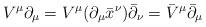
LaTeX: \begin{align*}V^{\mu }\partial _{\mu }=V^{\mu }(\partial _{\mu }{\bar{x}}^{\nu })\bar{\partial}_{\nu }={\bar{V}}^{\mu }{\bar{\partial }}_{\mu }\end{align*}